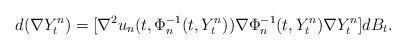
LaTeX: \begin{align*}d(\nabla Y^n_t)=[\nabla^2u_n(t,\Phi_n^{-1}(t,Y^n_t))\nabla \Phi_n^{-1}(t,Y^n_t)\nabla Y^n_t]dB_t.\end{align*}